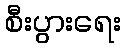
စီးပွားရေး